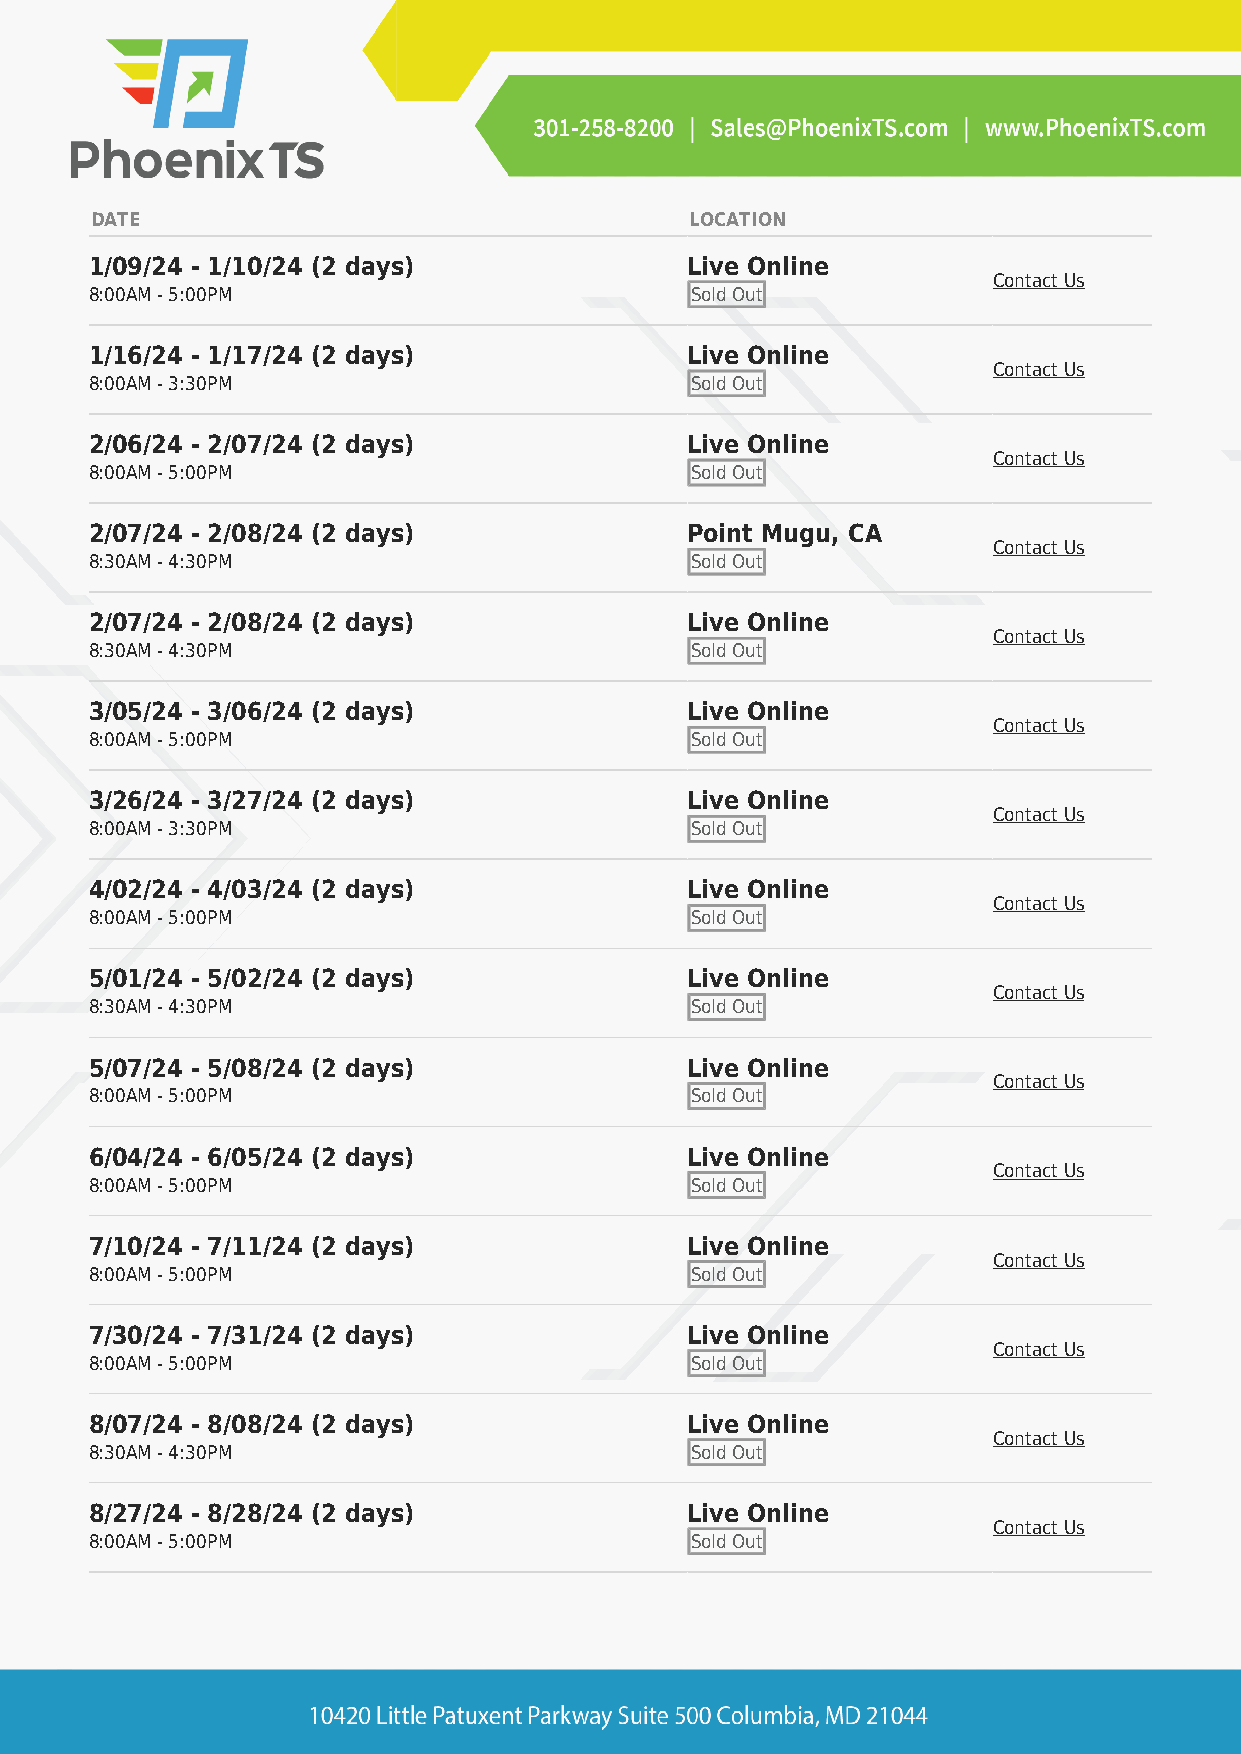
DATE                                    LOCATION
 1/09/24 - 1/10/24 (2 days)             Live Online
 Contact Us
 8:00AM - 5:00PM                         Sold Out
 1/16/24 - 1/17/24 (2 days)             Live Online
 Contact Us
 8:00AM - 3:30PM                         Sold Out
 2/06/24 - 2/07/24 (2 days)             Live Online
 Contact Us
 8:00AM - 5:00PM                         Sold Out
 2/07/24 - 2/08/24 (2 days)             Point Mugu, CA
 Contact Us
 8:30AM - 4:30PM                         Sold Out
 2/07/24 - 2/08/24 (2 days)             Live Online
 Contact Us
 8:30AM - 4:30PM                         Sold Out
 3/05/24 - 3/06/24 (2 days)             Live Online
 Contact Us
 8:00AM - 5:00PM                         Sold Out
 3/26/24 - 3/27/24 (2 days)             Live Online
 Contact Us
 8:00AM - 3:30PM                         Sold Out
 4/02/24 - 4/03/24 (2 days)             Live Online
 Contact Us
 8:00AM - 5:00PM                         Sold Out
 5/01/24 - 5/02/24 (2 days)             Live Online
 Contact Us
 8:30AM - 4:30PM                         Sold Out
 5/07/24 - 5/08/24 (2 days)             Live Online
 Contact Us
 8:00AM - 5:00PM                         Sold Out
 6/04/24 - 6/05/24 (2 days)             Live Online
 Contact Us
 8:00AM - 5:00PM                         Sold Out
 7/10/24 - 7/11/24 (2 days)             Live Online
 Contact Us
 8:00AM - 5:00PM                         Sold Out
 7/30/24 - 7/31/24 (2 days)             Live Online
 Contact Us
 8:00AM - 5:00PM                         Sold Out
 8/07/24 - 8/08/24 (2 days)             Live Online
 Contact Us
 8:30AM - 4:30PM                         Sold Out
 8/27/24 - 8/28/24 (2 days)             Live Online
 Contact Us
 8:00AM - 5:00PM                         Sold Out